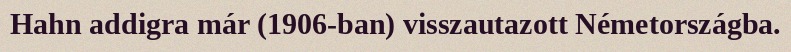
Hahn addigra már (1906-ban) visszautazott Németországba.